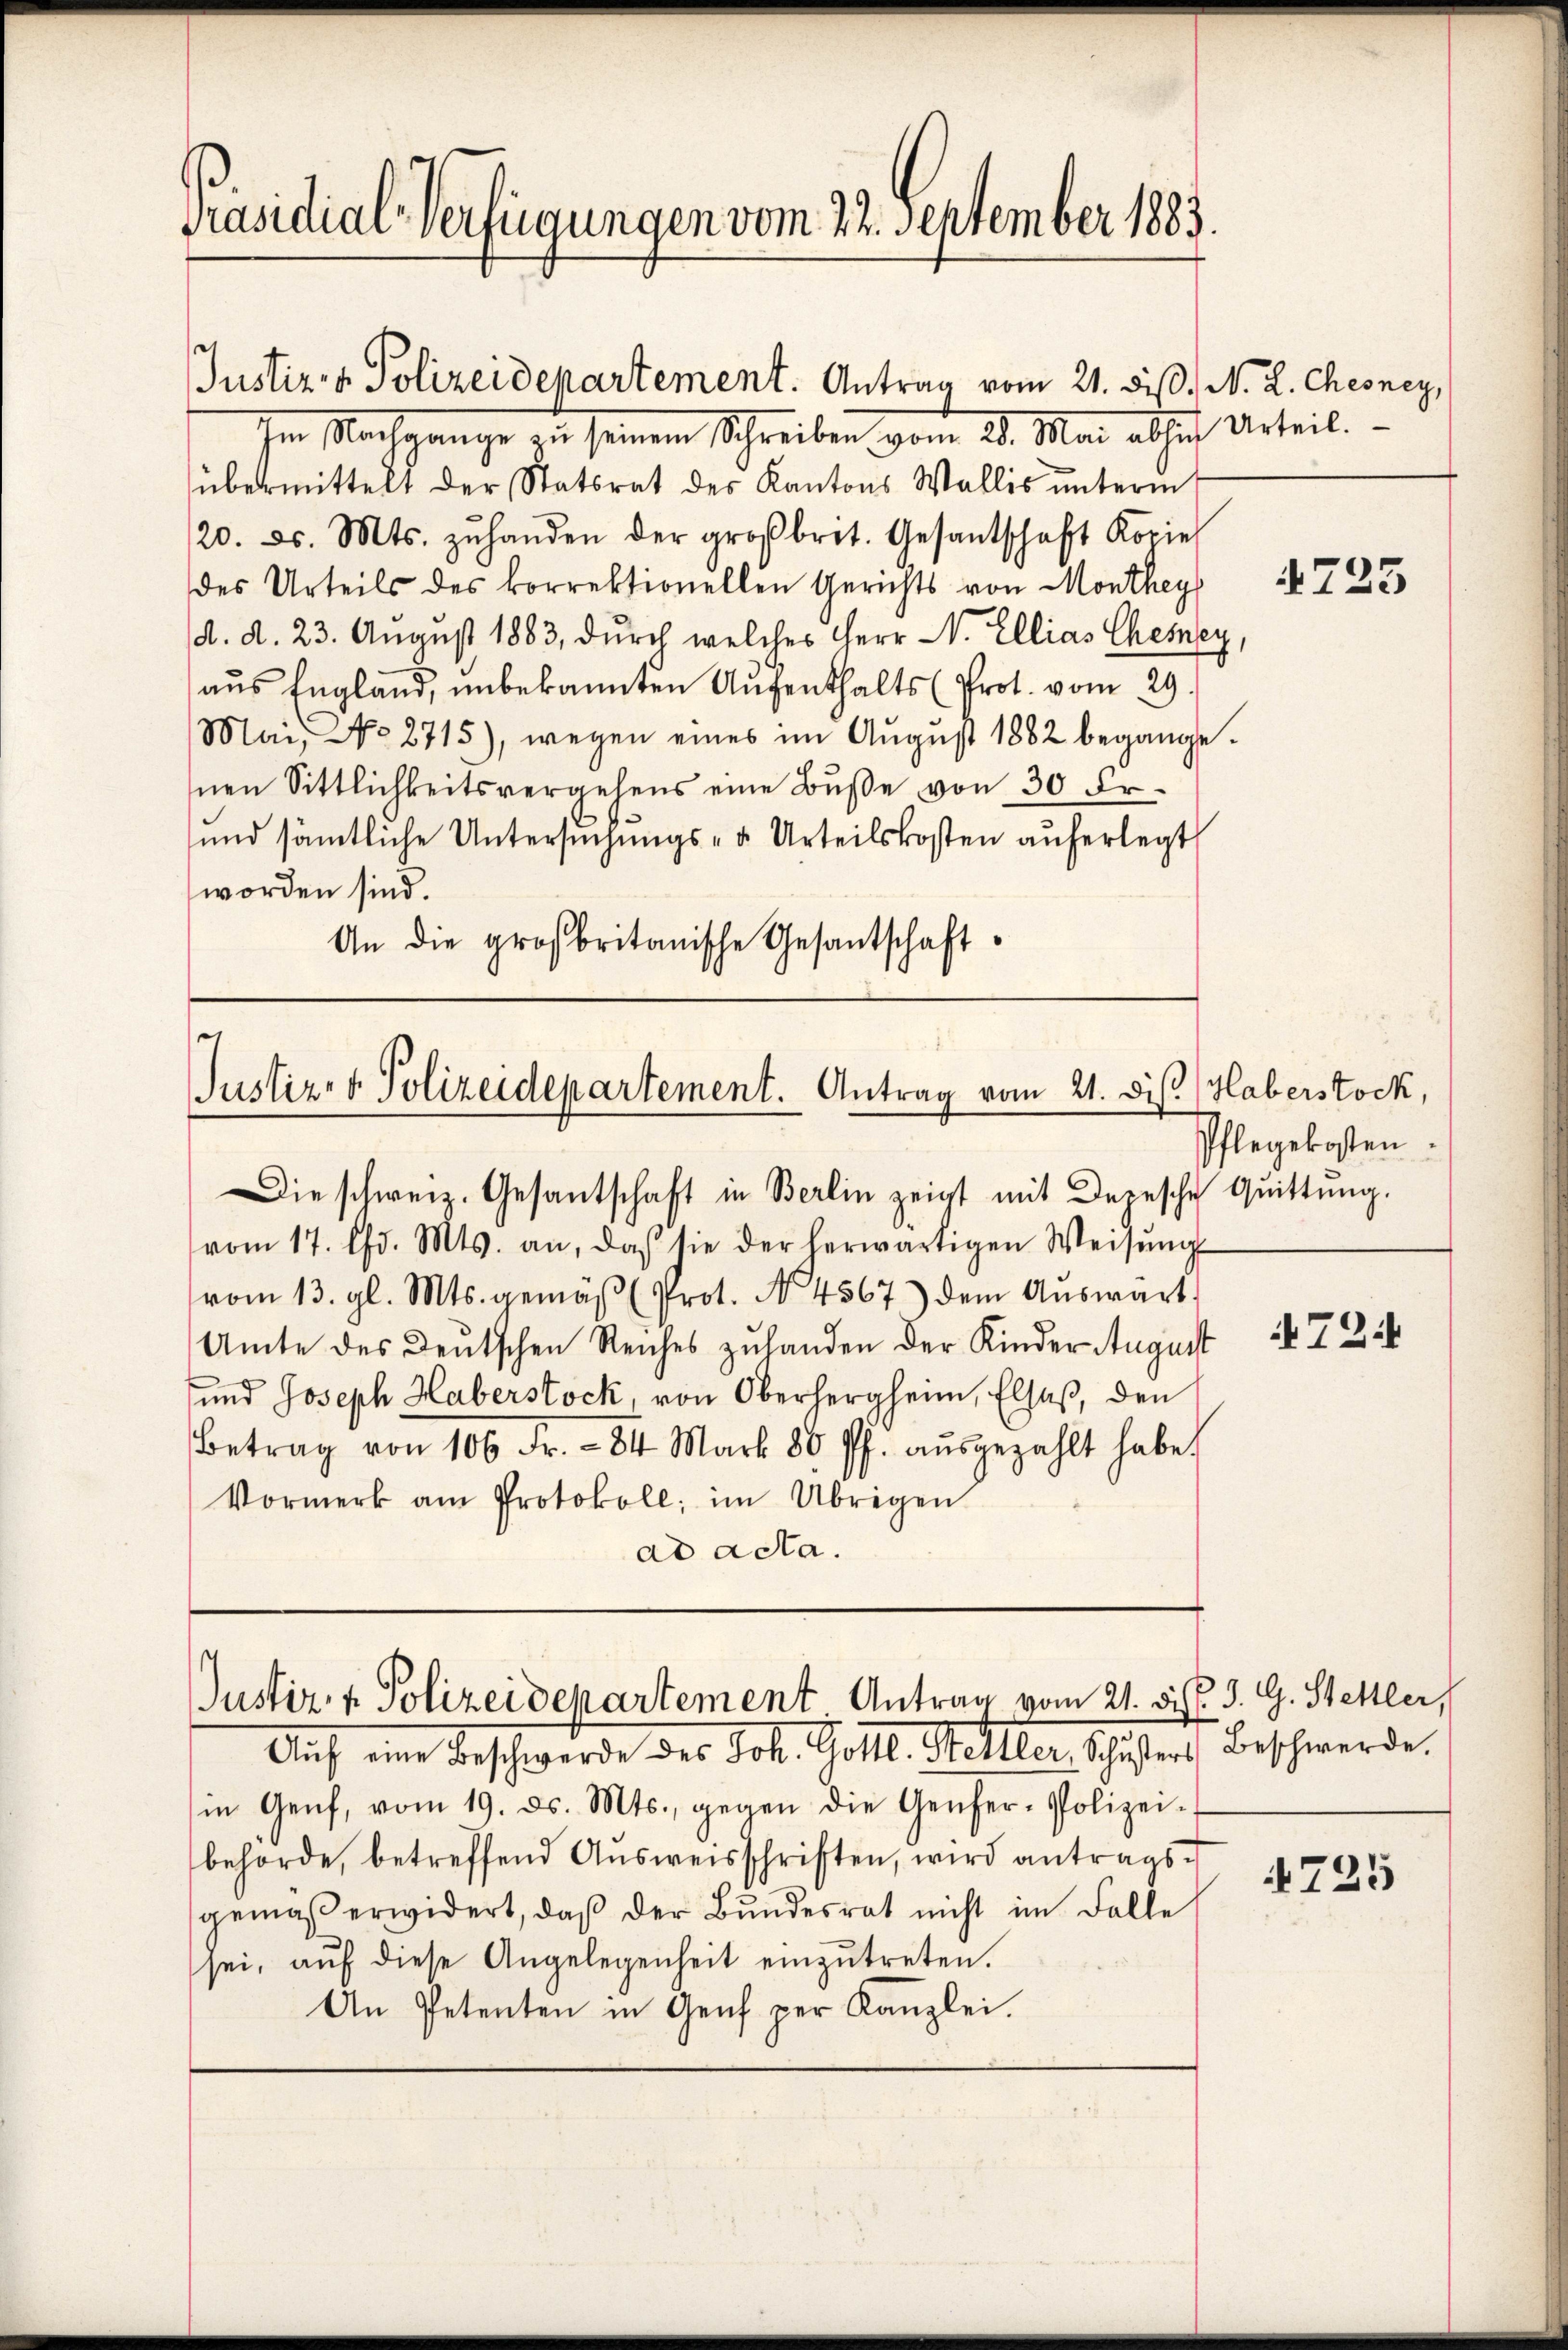
Präsidial-Verfügungen vom 22. September 1883.

Im Nachgange zu seinem Schreiben vom 21. Mai absich Urteil.
übermittelt der Statsrat des Kantons Wallis unterm
120. d. Mts. zŭ handen der großbrit. Gesantschaft Kopie
des Urteils des korrektionellen Gerichts von Monthey
(d. d. 23. August 1883, durch welches Herr C. Ellias Chemey
aŭs England, unbekannten Aŭfenthalts (Prot. vom 29.
Mai, No 2715), wegen eines im Aŭgŭst 1882 begange.
nen Sittlichkeitsvergehens eine Buße von 30 Fr.
und sämtliche Untersŭchŭngs- u. Urteilskosten auferlegt
worden sind.
An die großbritanische Gesandtschaft

Justiz- & Polizeidepartement. Antrag vom 21. diß. N. 2. Chesney,

Justiz- & Polizeidepartement. Antrag vom 21. dis Haberstock,
Die schweiz. Gesantschaft in Berlin zeigt mit Deersche Quittung.

Justiz & Polizeidepartement Antrag vom 21. d. d. d. G. Stettler,
Auf eine Beschwerde des Joh. Gotte. Heller, Schuster Beschwerde.

vom 17. Chr. Mts. an, daβ sie der herwärtigen Weisŭng
vom 13. gl. Mts. gemäβ (Prot. No. 4567) dem Aŭswärt
Amte des Deutschen Reiches zulanden der Kinder August
und Joseph Haberstock, von Oberhergheim, Elsaß, den
Betrag von 100 Fr. - 84 Mart. 80 ff. aŭsgezahlt habe.
Vormerk am Protokoll; im Übrigen
ad acta.

in Genf, vom 19. ds. Mts., gegen die Genfer-Polizei-
behörde, betreffend Ausweisschriften, wird antragsgemäß erwidert, daß der Bundesrat nicht im Falle
sei, aŭf diese Angelegenheit einzŭtreten.
An Petenten in Genf per Kanzlei.

723

Pflegekosten.

724

4725